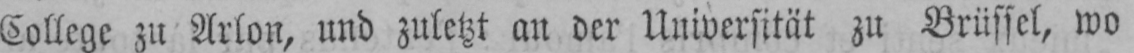
College zu Arlon, und zuletzt an der Universität zu Brüssel, wo